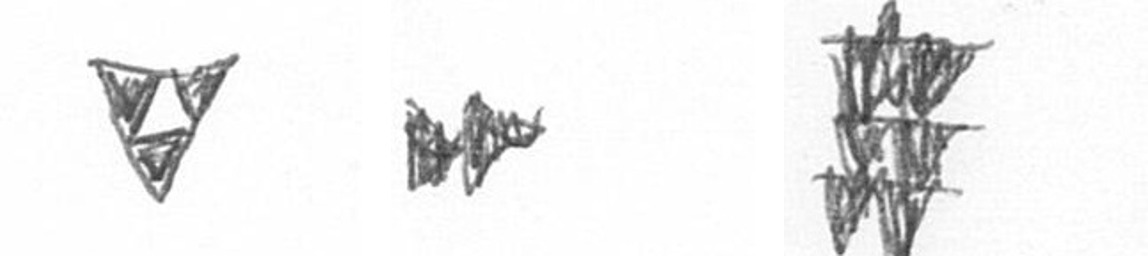
S A Y